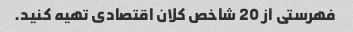
فهرستی از 20 شاخص کلان اقتصادی تهیه کنید.